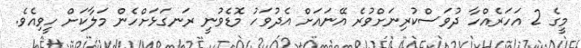
މީގެ 2 އަހަރެއްހާ ދުވަސްކުރިނަށްވުރެ އޭނައަށް އެދުވަހު މޮޑެވުނީ ރަނގަޅަށްހެން މަލާކަށް ހީވިއެވެ.